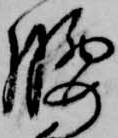
腰